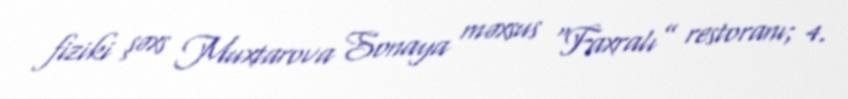
fiziki şəxs Muxtarova Sonaya məxsus “Faxralı” restoranı; 4.